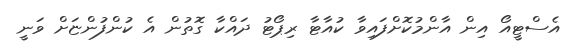
އެސްޓީއޯ އިން އާންމުކޮށްފައިވާ ކުއާޓާ ރިޕޯޓު ދައްކާ ގޮތުން އެ ކުންފުންޏަށް ވަނީ